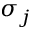
\sigma _ { j }